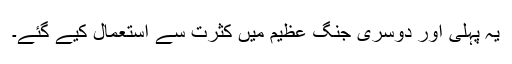
یہ پہلی اور دوسری جنگ عظیم میں کثرت سے استعمال کیے گئے۔